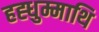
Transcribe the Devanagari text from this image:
हह्धुम्माथि